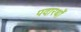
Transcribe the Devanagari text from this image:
पदारथों